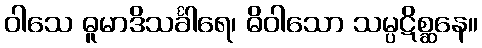
ဝါသေ ဓူမာဒိသင်္ခါရေ၊ ဓိဝါသော သမ္ပဋိစ္ဆနေ။